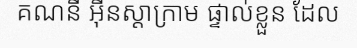
គណនី អ៊ីនស្តាក្រាម ផ្ទាល់ខ្លួន ដែល